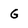
Character: G